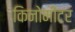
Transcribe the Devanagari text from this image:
किनोमीटर